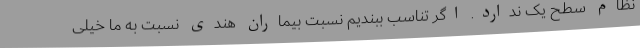
نظام سطح یک ندارد. اگر تناسب ببندیم نسبت بیماران هندی نسبت به ما خیلی